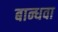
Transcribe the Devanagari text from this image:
बान्धवा